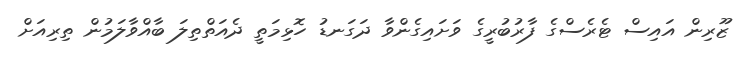
ޒޫރިން އައިސް ޓެރެސްގެ ފާރުބުރީގެ ވަށައިގެންވާ ދަގަނޑު ހޮޅިމަތީ ދެއަތްތިލަ ބާއްވާލަމުން ތިރިއަށް